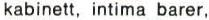
kabinett, intima barer,